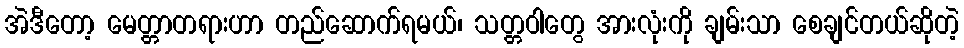
အဲဒီတော့ မေတ္တာတရားဟာ တည်ဆောက်ရမယ်၊ သတ္တဝါတွေ အားလုံးကို ချမ်းသာ စေချင်တယ်ဆိုတဲ့